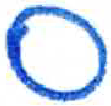
אות: ס